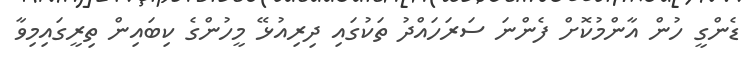
ޑެންގީ ހުން އާންމުކޮށް ފެންނަ ސަރަހައްދު ތަކުގައި ދިރިއުޅޭ މީހުންގެ ކިބައިން ތިރީގައިމިވާ